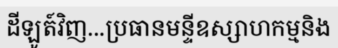
ដីឡូត៍វិញ...ប្រធានមន្ទីឧស្សាហកម្មនិង